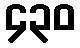
၄၃၀